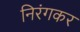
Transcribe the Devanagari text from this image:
निरंगकर